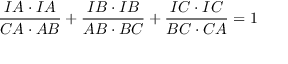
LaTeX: { \frac { I A \cdot I A } { C A \cdot A B } } + { \frac { I B \cdot I B } { A B \cdot B C } } + { \frac { I C \cdot I C } { B C \cdot C A } } = 1